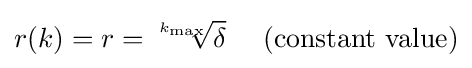
r(k)=r={\sqrt[{k_{\max }}]{\delta }}~~~~{\text{(constant value)}}